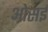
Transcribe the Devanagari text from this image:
ओसई